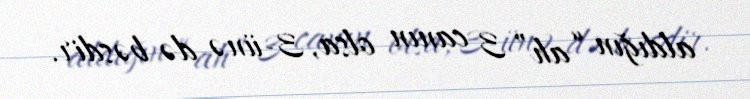
aldığın “ah” 3 canın olsa, 3-ünə də bəsdir.